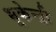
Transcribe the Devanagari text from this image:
भूकेन्द्री